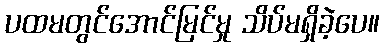
ပထမတွင်အောင်မြင်မှု သိပ်မရှိခဲ့ပေ။